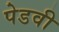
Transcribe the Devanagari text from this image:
पेडवी